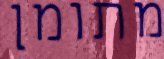
מתומן